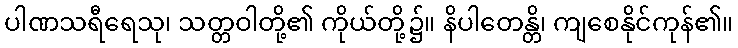
ပါဏသရီရေသု၊ သတ္တဝါတို့၏ ကိုယ်တို့၌။ နိပါတေန္တိ၊ ကျစေနိုင်ကုန်၏။